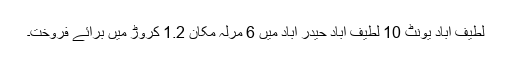
لطیف آباد یونٹ 10 لطیف آباد حیدر آباد میں 6 مرلہ مکان 1.2 کروڑ میں برائے فروخت۔